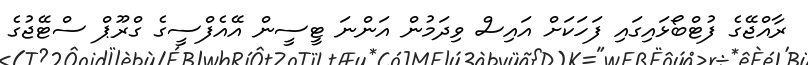
ރާއްޖޭގެ ފުޓްބޯޅައިގައި ފަހަކަށް އައިސް ވިދަމުން އަންނަ ޓީސީން އޭއެފްސީގެ ގްރޫޕް ސްޓޭޖުގެ